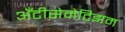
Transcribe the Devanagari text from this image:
अँटीसेमेटिझम